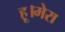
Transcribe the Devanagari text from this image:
हू।मेरा